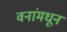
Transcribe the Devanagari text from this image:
वनांमधून